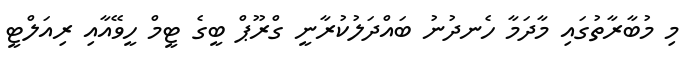
މި މުބާރާތުގައި މާދަމާ ހެނދުނު ބައްދަލުކުރާނީ ގްރޫޕް ބީގެ ޓީމް ހީވޭއާއި ރިއަލްޓީ